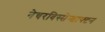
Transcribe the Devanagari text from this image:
नेचरविस्सेन्शाफ्टन